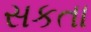
સકતા